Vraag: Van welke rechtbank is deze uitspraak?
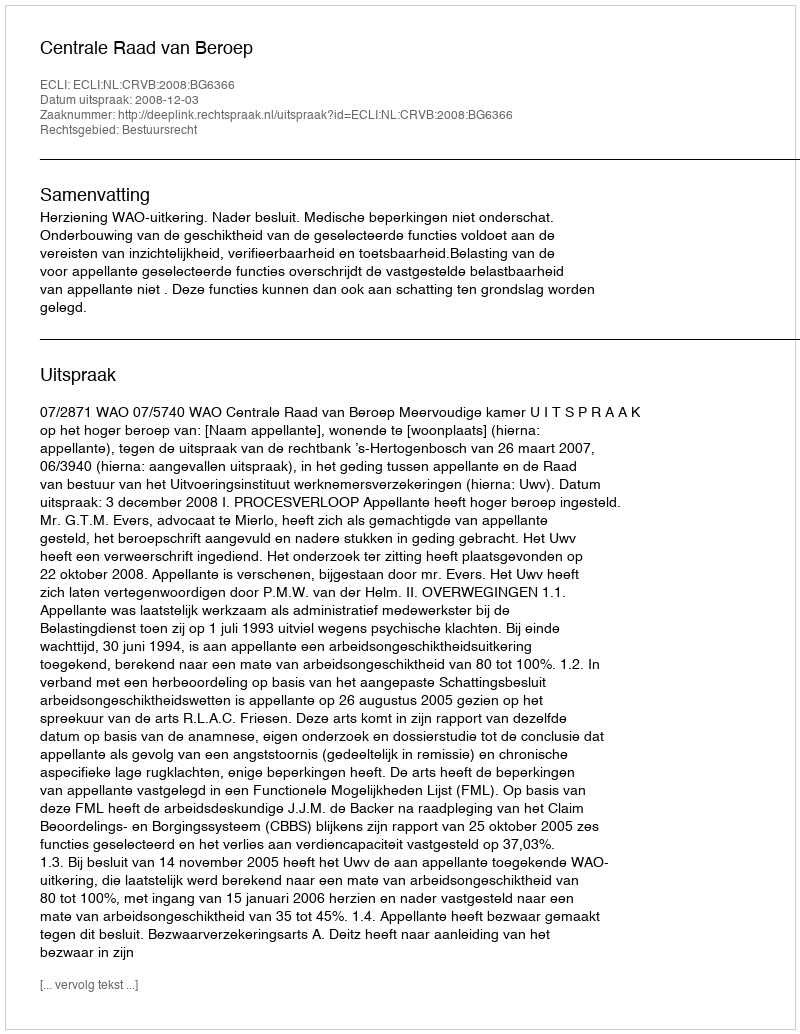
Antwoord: Centrale Raad van Beroep